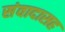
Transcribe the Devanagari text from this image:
संवादासह